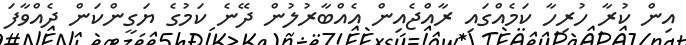
އިން ކުރާ ހުރިހާ ކަމެއްގައި ރާއްޖެއިން އެއްބާރުލުން ދޭނެ ކަމުގެ ޔަގީންކަން ދެއްވާފަ